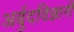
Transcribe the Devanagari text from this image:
अर्बुदविज्ञानी